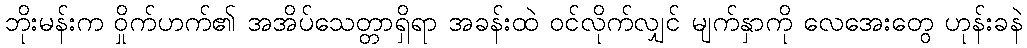
ဘိုးမန်းက ဝှိုက်ဟက်၏ အအိပ်သေတ္တာရှိရာ အခန်းထဲ ဝင်လိုက်လျှင် မျက်နှာကို လေအေးတွေ ဟုန်းခနဲ